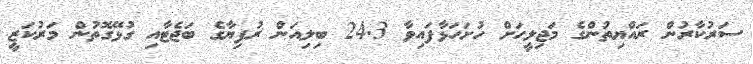
ސަރުކާރުން ރައްޔިތުންގެ މަޖިލީހަށް ހުށަހަޅާފައިވާ 24.3 ބިލިއަން ރުފިޔާގެ ބަޖެޓާއި ގުޅޭގޮތުން މަރުކަޒީ